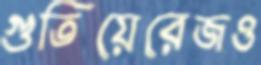
গুতিয়েরেজও